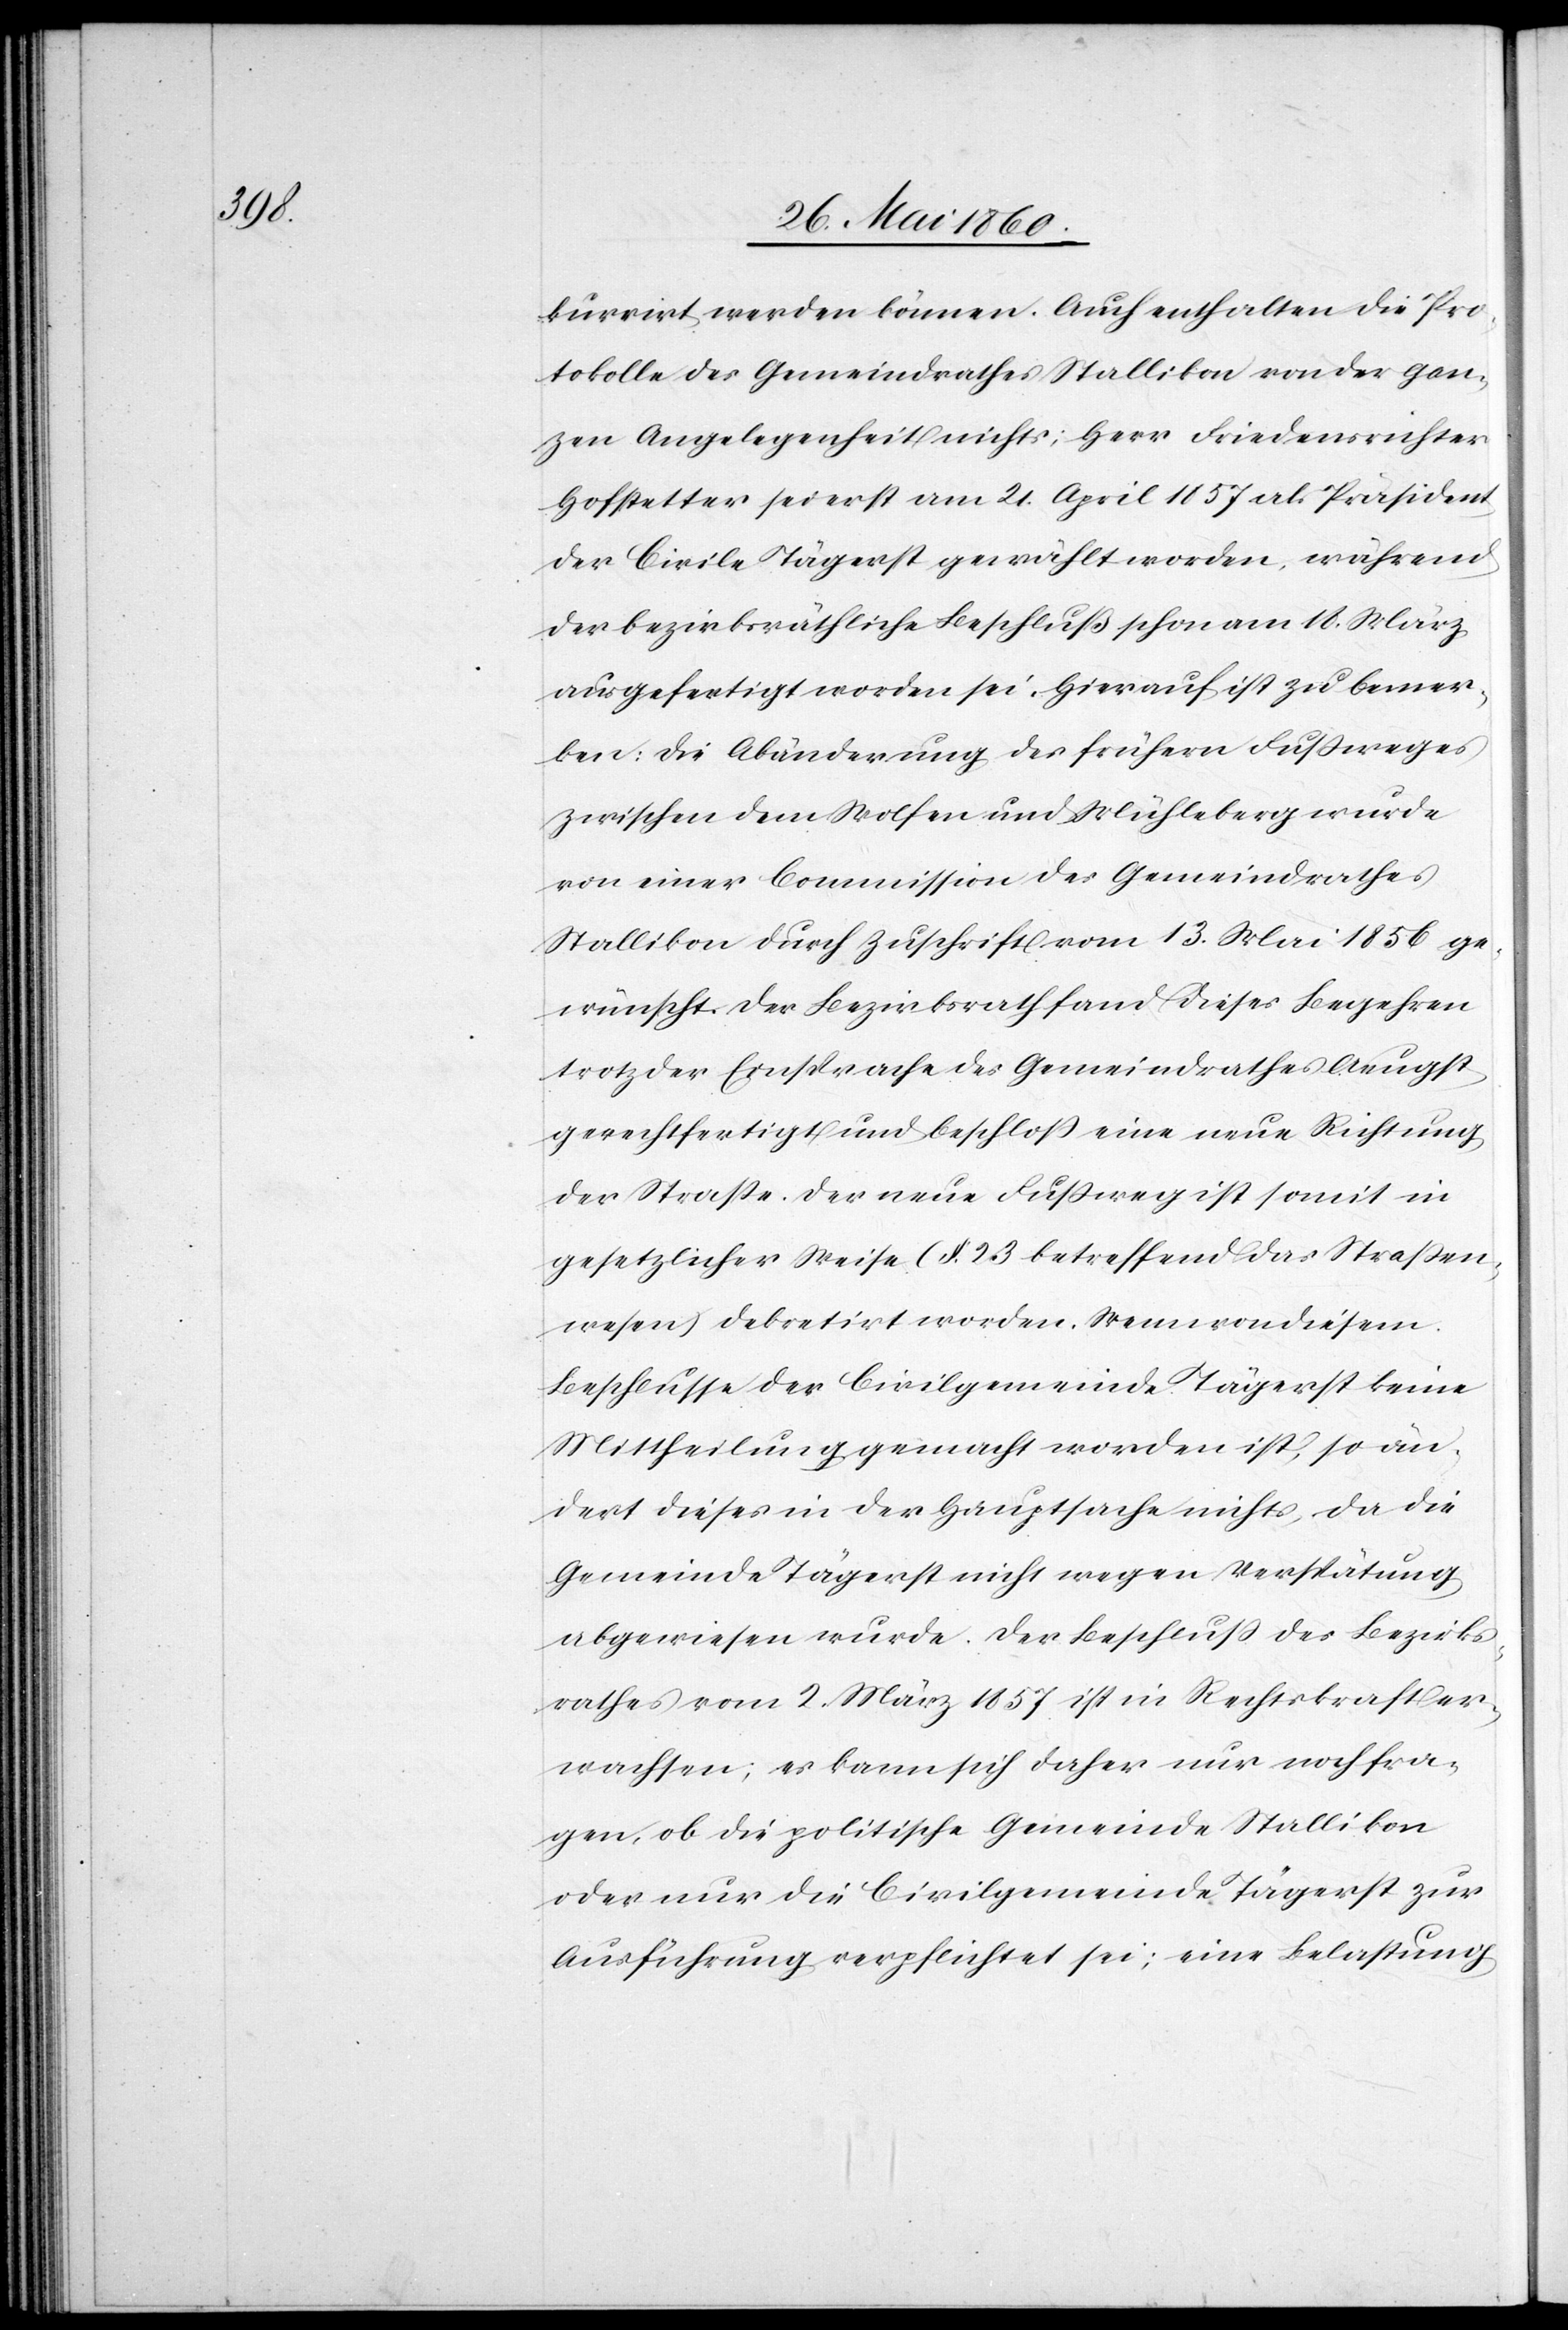
kurrirt werden können. Auch enthalten die Pro¬
tokolle des Gemeindrathes Stallikon von der gan¬
zen Angelegenheit nichts; Herr Friedensrichter
Hofstetter sei erst am 21. April 1857 als Präsident
der Civile Tägerst gewählt worden, während
der bezirksräthliche Beschluß schon am 18. März
ausgefertigt worden sei. Hieauf ist zu bemer¬
ken: Die Abänderung des frühern Fussweges
zwischen dem Wolfen und Mühleberg wurde
von einer Commission des Gemeindrathes
Stallikon durch Zuschrift vom 13. Mai 1856 ge¬
wünscht. Der Bezirksrath fand dieses Begehren
trotz der Einsprache des Gemeindrathes Aeugst
gerechtfertigt und beschloss eine neue Richtung
der Strasse, der neue Fussweg ist somit in
gesetzlicher Weise (§. 23 betreffend das Strassen¬
wesen) dekretirt worden. Wenn von diesem
Beschlusse der Civilgemeinde Tägerst keine
Mittheilung gemacht worden ist, so än¬
dert dieses in der Hauptsache nichts, da die
Gemeinde Tägerst nicht wegen Verspätung
abgewiesen wurde. Der Beschluss des Bezirks¬
rathes vom 2. März 1857 ist in Rechtskraft er¬
wachsen; es kann sich daher nur noch fra¬
gen, ob die politische Gemeinde Stallikon
oder nur die Civilgemeinde Tägerst zur
Ausführung verpflichtet sei; eine Belastung